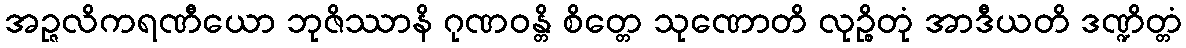
အဉ္ဇလိကရဏီယော ဘုဇိဿာနိ ဂုဏဝန္တိ စိတ္တေ သုဏောတိ လုဉ္စိတုံ အာဒီယတိ ဒဏ္ဍိတ္တံ